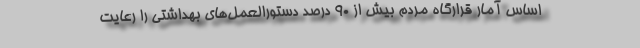
اساس آمار قرارگاه مردم بیش از 90 درصد دستورالعمل‌های بهداشتی را رعایت